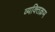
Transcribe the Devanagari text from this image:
व्यक्तिक्रम